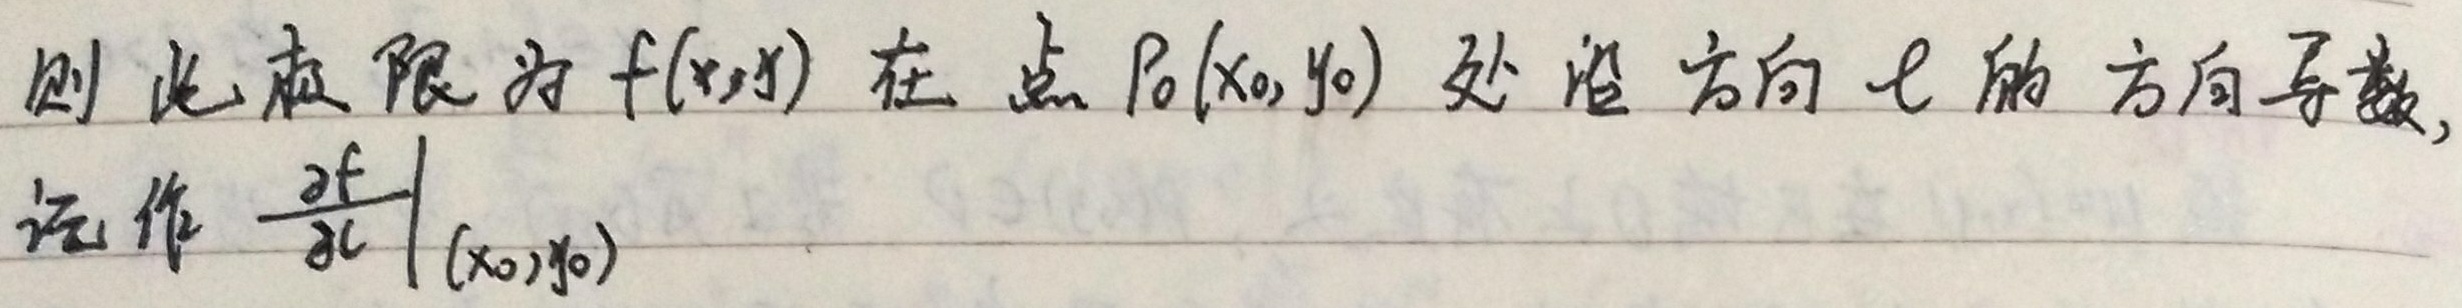
则此极限为\(f(x,y)\)在点\(P_0(x_0,y_0)\)处沿方向\(l\)的方向导数，记作\(\left.\frac{\partial f}{\partial l}\right|_{(x_0,y_0)}\)。